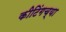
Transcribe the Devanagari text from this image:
कीटिंगच्या